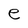
Character: e